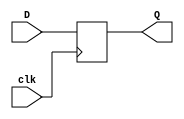
`timescale 1ns / 1ps

module flip_flop_5(
    output reg[4:0] Q,
    input [4:0] D,
    input clk
    );
    always@(posedge clk)
    begin
        Q = D;
    end
endmodule